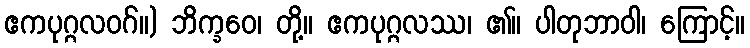
ဧကပုဂ္ဂလဝဂ်။) ဘိက္ခဝေ၊ တို့။ ဧကပုဂ္ဂလဿ၊ ၏။ ပါတုဘာဝါ၊ ကြောင့်။